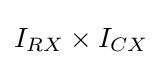
I_{RX}\times I_{CX}